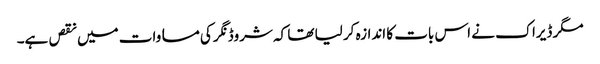
مگر ڈیراک نے اس بات کا اندازہ کر لیا تھا کہ شروڈنگر کی مساوات میں نقص ہے۔